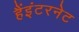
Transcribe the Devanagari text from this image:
हैंइंटरनेट